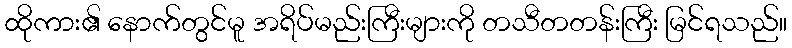
ထိုကား၏ နောက်တွင်မူ အရိပ်မည်းကြီးများကို တသီတတန်းကြီး မြင်ရသည်။